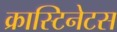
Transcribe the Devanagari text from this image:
क्रास्टिनेटस